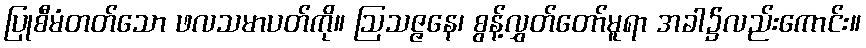
ပြုစီမံတတ်သော ဖလသမာပတ်ကို။ ဩသဇ္ဇနေ၊ စွန့်လွှတ်တော်မူရာ အခါ၌လည်းကောင်း။